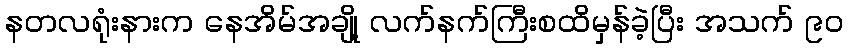
နတလရုံးနားက နေအိမ်အချို့ လက်နက်ကြီးစထိမှန်ခဲ့ပြီး အသက် ၉၀